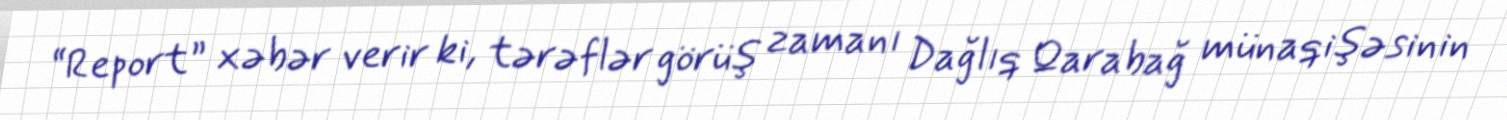
“Report” xəbər verir ki, tərəflər görüş zamanı Dağlıq Qarabağ münaqişəsinin